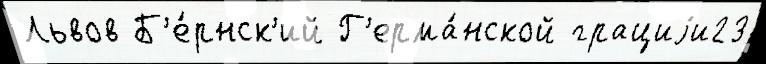
Львов Б'е́рнск'ий Г'ерма́нской грациjи23